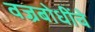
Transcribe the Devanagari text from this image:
वज्रबोधींचे